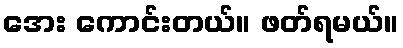
အေး ကောင်းတယ်။ ဖတ်ရမယ်။